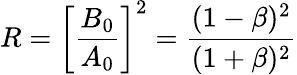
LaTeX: R=\left[\frac{B_{0}}{A_{0}}\right]^{2}=\frac{(1-\beta)^{2}}{(1+\beta)^{2}}